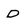
Character: D